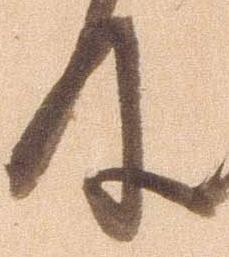
及